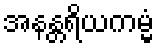
အနန္တရိယကမ္မံ